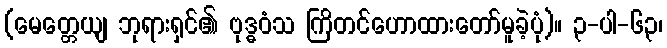
(မေတ္တေယျ ဘုရားရှင်၏ ဗုဒ္ဓဝံသ ကြိတင်ဟောထားတော်မူခဲ့ပုံ)။ ၃-ပါ-၆၃၊